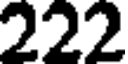
222